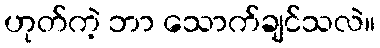
ဟုတ်ကဲ့ ဘာ သောက်ချင်သလဲ။